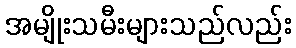
အမျိုးသမီးများသည်လည်း